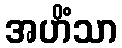
အဟိံသာ